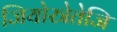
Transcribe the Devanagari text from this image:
जियोस्त्रेतेजि